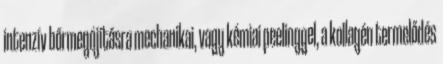
intenzív bőrmegújításra mechanikai, vagy kémiai peelinggel, a kollagén termelődés